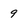
Character: 9